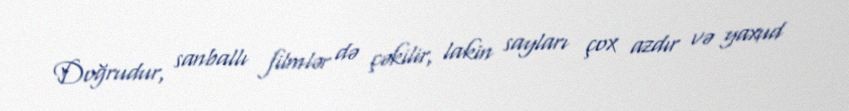
Doğrudur, sanballı filmlər də çəkilir, lakin sayları çox azdır və yaxud